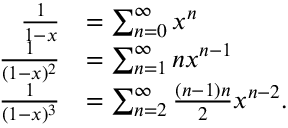
{ \begin{array} { r l } { { \frac { 1 } { 1 - x } } } & { = \sum _ { n = 0 } ^ { \infty } x ^ { n } } \\ { { \frac { 1 } { ( 1 - x ) ^ { 2 } } } } & { = \sum _ { n = 1 } ^ { \infty } n x ^ { n - 1 } } \\ { { \frac { 1 } { ( 1 - x ) ^ { 3 } } } } & { = \sum _ { n = 2 } ^ { \infty } { \frac { ( n - 1 ) n } { 2 } } x ^ { n - 2 } . } \end{array} }